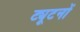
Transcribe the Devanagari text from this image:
ट्यूटनों